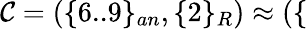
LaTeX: \mathcal{C}=(\{ 6..9\} _{an},\{ 2\} _{R})\approx(\{